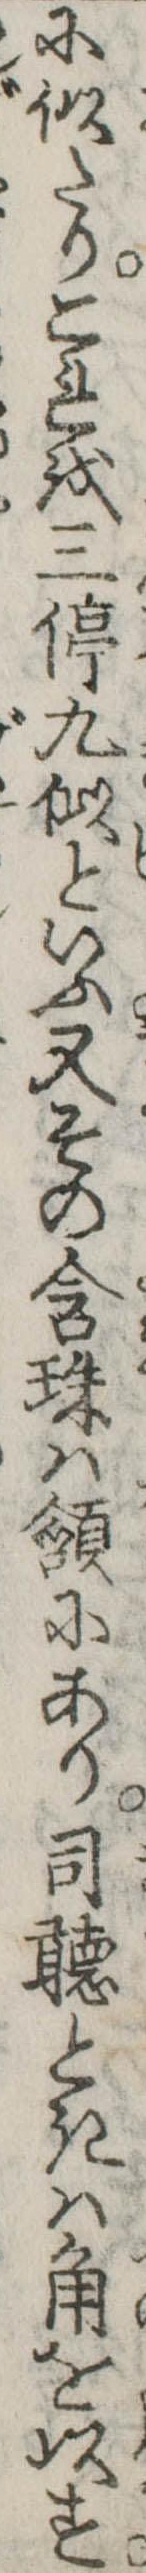
に似たりこれを三停九似といふ又その含珠は頷にあり司聴ときは角を以す